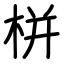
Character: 栟